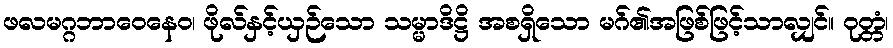
ဖလမဂ္ဂဘာဝေနေဝ၊ ဖိုလ်နှင့်ယှဉ်သော သမ္မာဒိဋ္ဌိ အစရှိသော မဂ်၏အဖြစ်ဖြင့်သာလျှင်။ ဝုတ္တံ၊